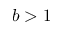
b > 1